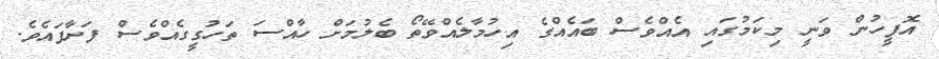
އޮފީހުން ވަނީ މިކަމުގައި އެއްވެސް ބައެއްގެ އިހުމާލެއްވޭތޯ ބެލުމަަށް ހާއްސަ ތަހުގީގެއްވެސް ފަށާފައެވެ.